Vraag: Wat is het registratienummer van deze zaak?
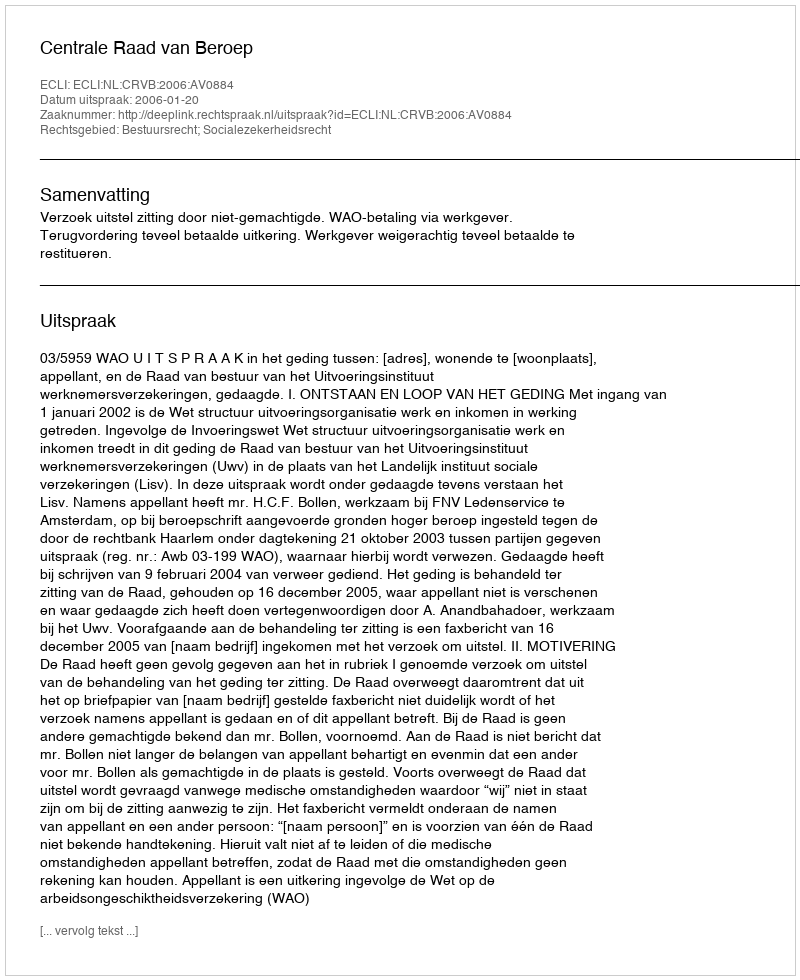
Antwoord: http://deeplink.rechtspraak.nl/uitspraak?id=ECLI:NL:CRVB:2006:AV0884